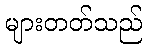
များတတ်သည်